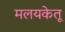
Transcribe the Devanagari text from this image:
मलयकेतू